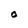
Character: O